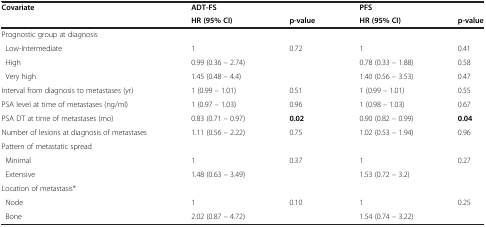
<table><thead><tr><td><b>Covariate</b></td><td><b>ADT-FS</b></td><td><b> </b></td><td><b>PFS</b></td><td><b> </b></td></tr><tr><td><b> </b></td><td><b>HR (95% CI)</b></td><td><b>p-value</b></td><td><b>HR (95% CI)</b></td><td><b>p-value</b></td></tr></thead><tbody><tr><td>Prognostic group at diagnosis</td><td> </td><td> </td><td> </td><td> </td></tr><tr><td> Low-Intermediate</td><td>1</td><td>0.72</td><td>1</td><td>0.41</td></tr><tr><td> High</td><td>0.99 (0.36 – 2.74)</td><td> </td><td>0.78 (0.33 – 1.88)</td><td>0.58</td></tr><tr><td> Very high</td><td>1.45 (0.48 – 4.4)</td><td> </td><td>1.40 (0.56 – 3.53)</td><td>0.47</td></tr><tr><td>Interval from diagnosis to metastases (yr)</td><td>1 (0.99 – 1.01)</td><td>0.51</td><td>1 (0.99 – 1.01)</td><td>0.55</td></tr><tr><td>PSA level at time of metastases (ng/ml)</td><td>1 (0.97 – 1.03)</td><td>0.96</td><td>1 (0.98 – 1.03)</td><td>0.67</td></tr><tr><td>PSA DT at time of metastases (mo)</td><td>0.83 (0.71 – 0.97)</td><td><b>0.02</b></td><td>0.90 (0.82 – 0.99)</td><td><b>0.04</b></td></tr><tr><td>Number of lesions at diagnosis of metastases</td><td>1.11 (0.56 – 2.22)</td><td>0.75</td><td>1.02 (0.53 – 1.94)</td><td>0.96</td></tr><tr><td>Pattern of metastatic spread</td><td> </td><td> </td><td> </td><td> </td></tr><tr><td> Minimal</td><td>1</td><td>0.37</td><td>1</td><td>0.27</td></tr><tr><td> Extensive</td><td>1.48 (0.63 – 3.49)</td><td> </td><td>1.53 (0.72 – 3.2)</td><td> </td></tr><tr><td>Location of metastasis*</td><td> </td><td> </td><td> </td><td> </td></tr><tr><td> Node</td><td>1</td><td>0.10</td><td>1</td><td>0.25</td></tr><tr><td> Bone</td><td>2.02 (0.87 – 4.72)</td><td> </td><td>1.54 (0.74 – 3.22)</td><td> </td></tr></tbody></table>